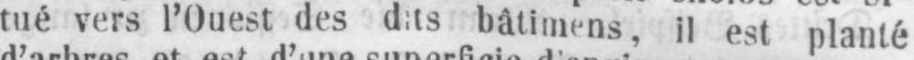
bâtimens, il est planté